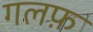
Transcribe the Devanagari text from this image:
गलफ़